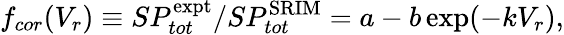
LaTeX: f_{cor}(V_{r})\equiv SP_{tot}^{\mathrm{expt}}/SP_{tot}^{\mathrm{SRIM}}=a-b\exp(-kV_{r}),